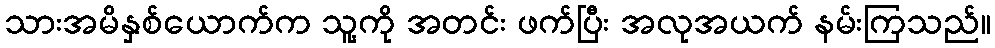
သားအမိနှစ်ယောက်က သူ့ကို အတင်း ဖက်ပြီး အလုအယက် နမ်းကြသည်။